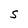
Character: S